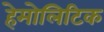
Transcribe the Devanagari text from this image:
हेमोलिटिक